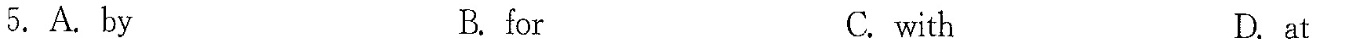
5.A. by B. for C. with D.at